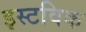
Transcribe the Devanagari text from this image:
इस्टविक